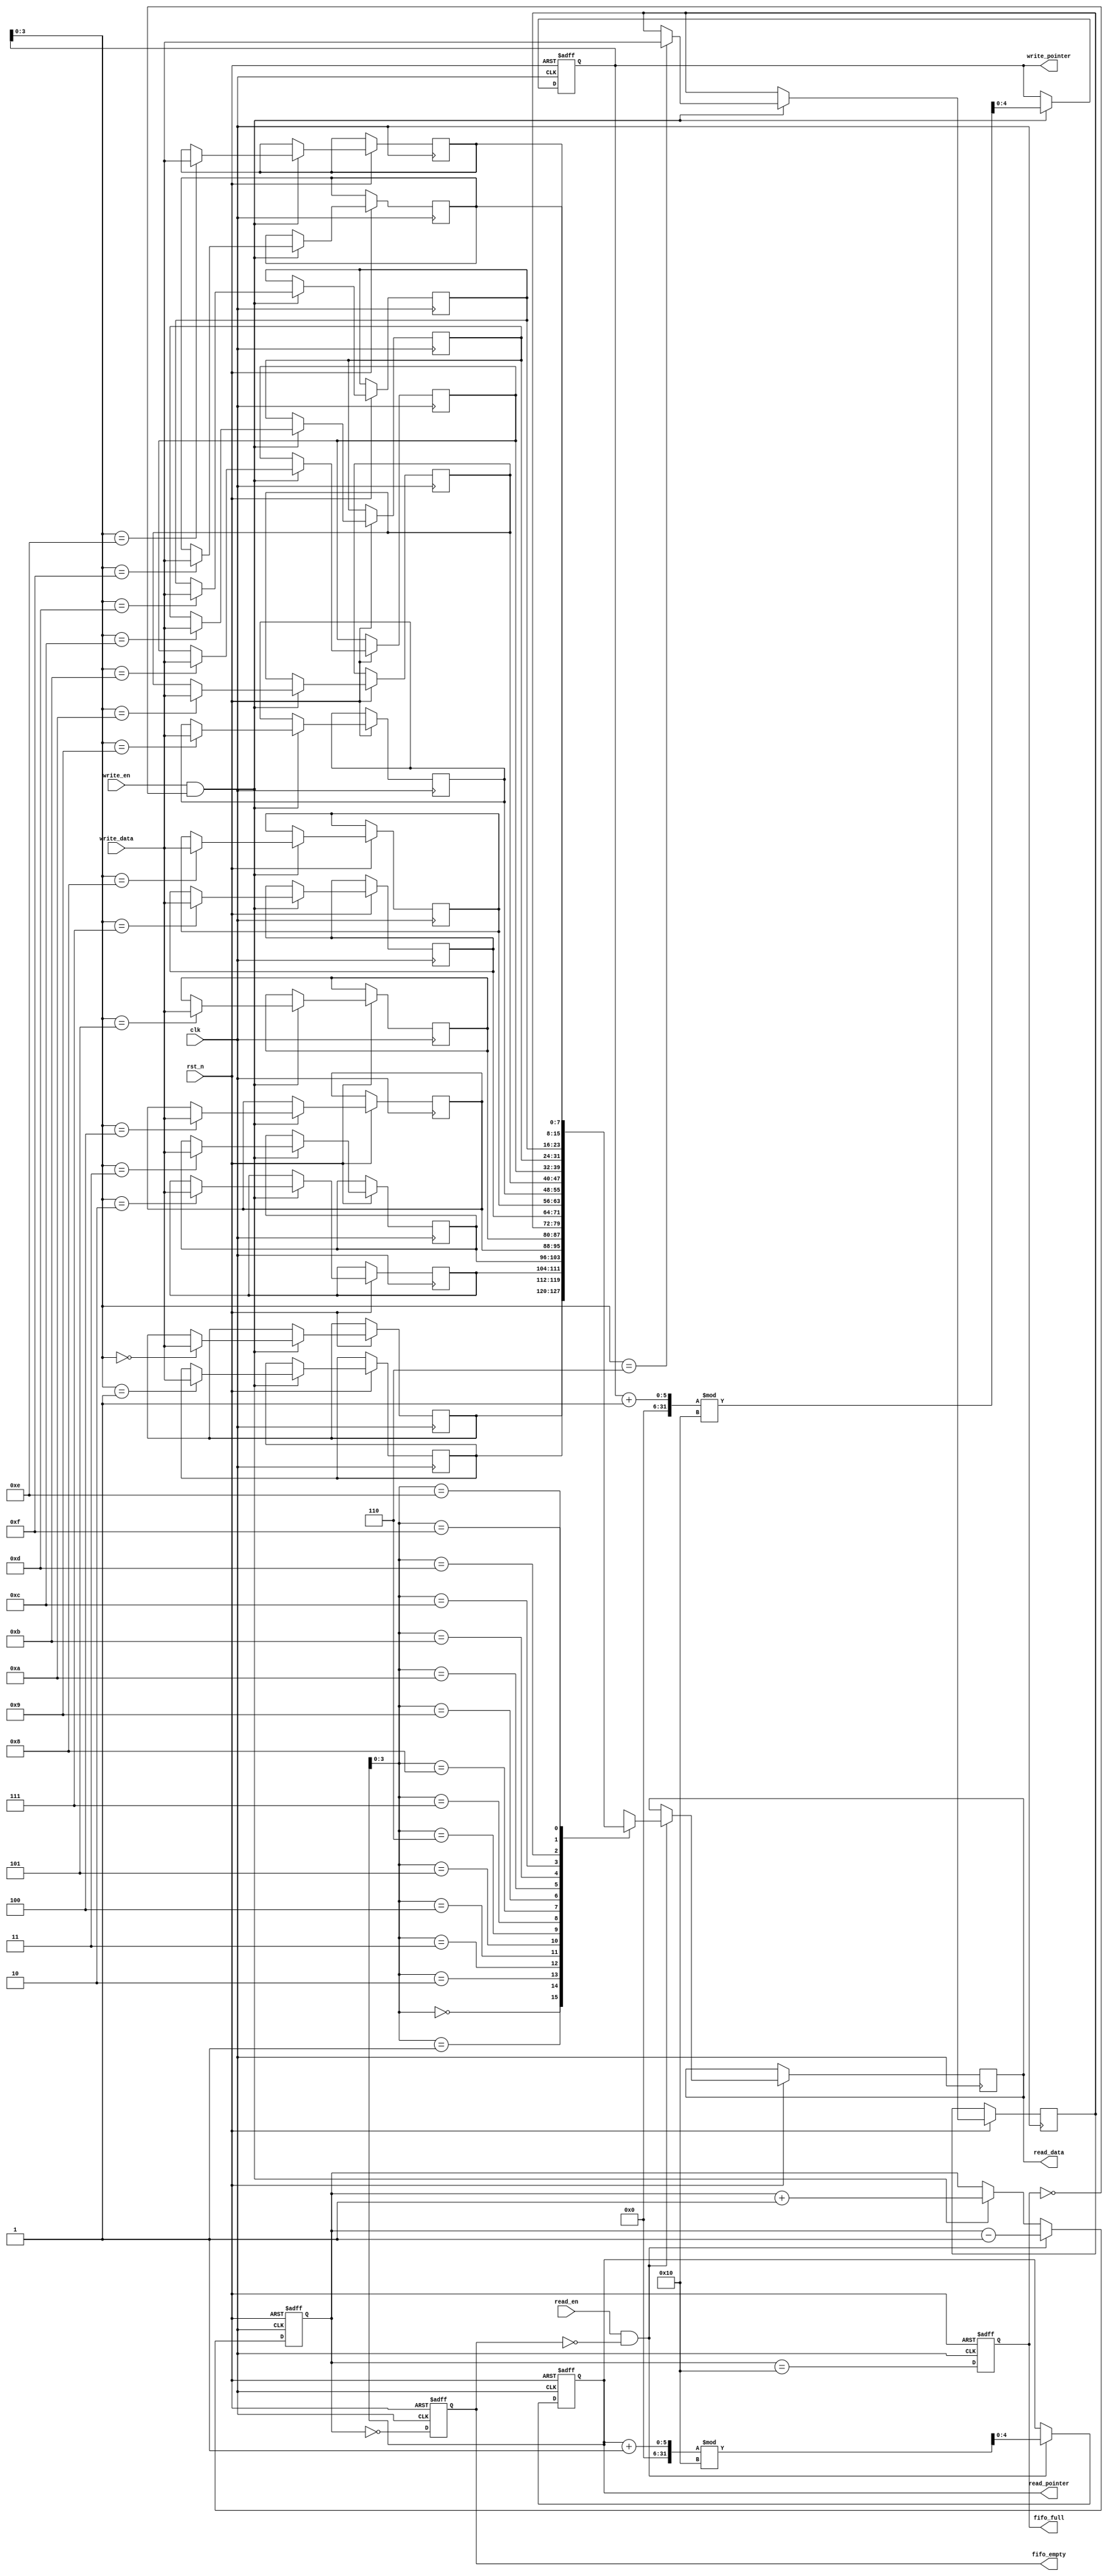
module multiport_fifo #(
    parameter DATA_WIDTH = 8,    // Width of each FIFO entry
    parameter FIFO_DEPTH = 16     // Depth of the FIFO (number of entries)
)(
    input  wire                  clk,           // Clock signal
    input  wire                  rst_n,         // Active low reset
    input  wire [DATA_WIDTH-1:0] write_data,    // Data to write
    input  wire                  write_en,      // Write enable
    input  wire                  read_en,       // Read enable
    output reg [DATA_WIDTH-1:0] read_data,      // Data read out
    output reg                  fifo_full,      // FIFO full flag
    output reg                  fifo_empty,     // FIFO empty flag
    output reg [4:0]            write_pointer,  // Write pointer
    output reg [4:0]            read_pointer    // Read pointer
);

    // Memory array for FIFO
    reg [DATA_WIDTH-1:0] fifo_mem [FIFO_DEPTH-1:0];

    // Internal variable to track the number of entries
    reg [4:0] count;

    // Asynchronous reset and write/read logic
    always @(posedge clk or negedge rst_n) begin
        if (!rst_n) begin
            write_pointer <= 0;
            read_pointer <= 0;
            count <= 0;
            fifo_full <= 0;
            fifo_empty <= 1;
        end else begin
            // Write Logic
            if (write_en && !fifo_full) begin
                fifo_mem[write_pointer] <= write_data; // Write data to FIFO
                write_pointer <= (write_pointer + 1) % FIFO_DEPTH; // Increment write pointer
                count <= count + 1; // Increment count
            end
            
            // Read Logic
            if (read_en && !fifo_empty) begin
                read_data <= fifo_mem[read_pointer]; // Read data from FIFO
                read_pointer <= (read_pointer + 1) % FIFO_DEPTH; // Increment read pointer
                count <= count - 1; // Decrement count
            end
            
            // Update full and empty flags
            fifo_full <= (count == FIFO_DEPTH);
            fifo_empty <= (count == 0);
        end
    end

endmodule